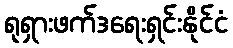
ရုရှားဖက်ဒရေးရှင်းနိုင်ငံ